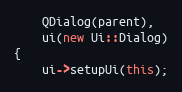
Language: C++
    QDialog(parent),
    ui(new Ui::Dialog)
{
    ui->setupUi(this);